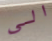
الى